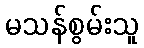
မသန်စွမ်းသူ